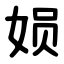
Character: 㛣